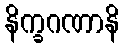
နိက္ခဂဏာနိ